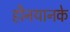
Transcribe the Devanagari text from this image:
हीनयानके